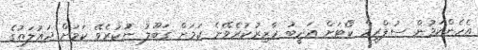
އެހެންކަމުން ސުޕްރީމް ކޯޓަށް އަދީބު ހާޒިރުކުރެވޭނެ ކަމަށް ގަބޫލު ނުކުރެވޭ ކަމަށް ދައުލަތުގެ